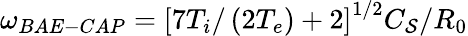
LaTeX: \omega_{BAE-CAP}=\left[7T_{i}/\left(2T_{e}\right)+2\right]^{1/2}C_{\mathcal{S}}/R_{0}